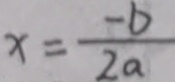
x = \frac { - b } { 2 a }